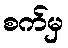
စက်မှ